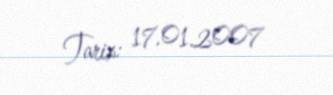
Tarix: 17.01.2007